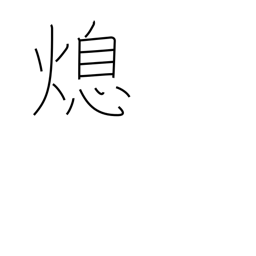
Meaning: cessation